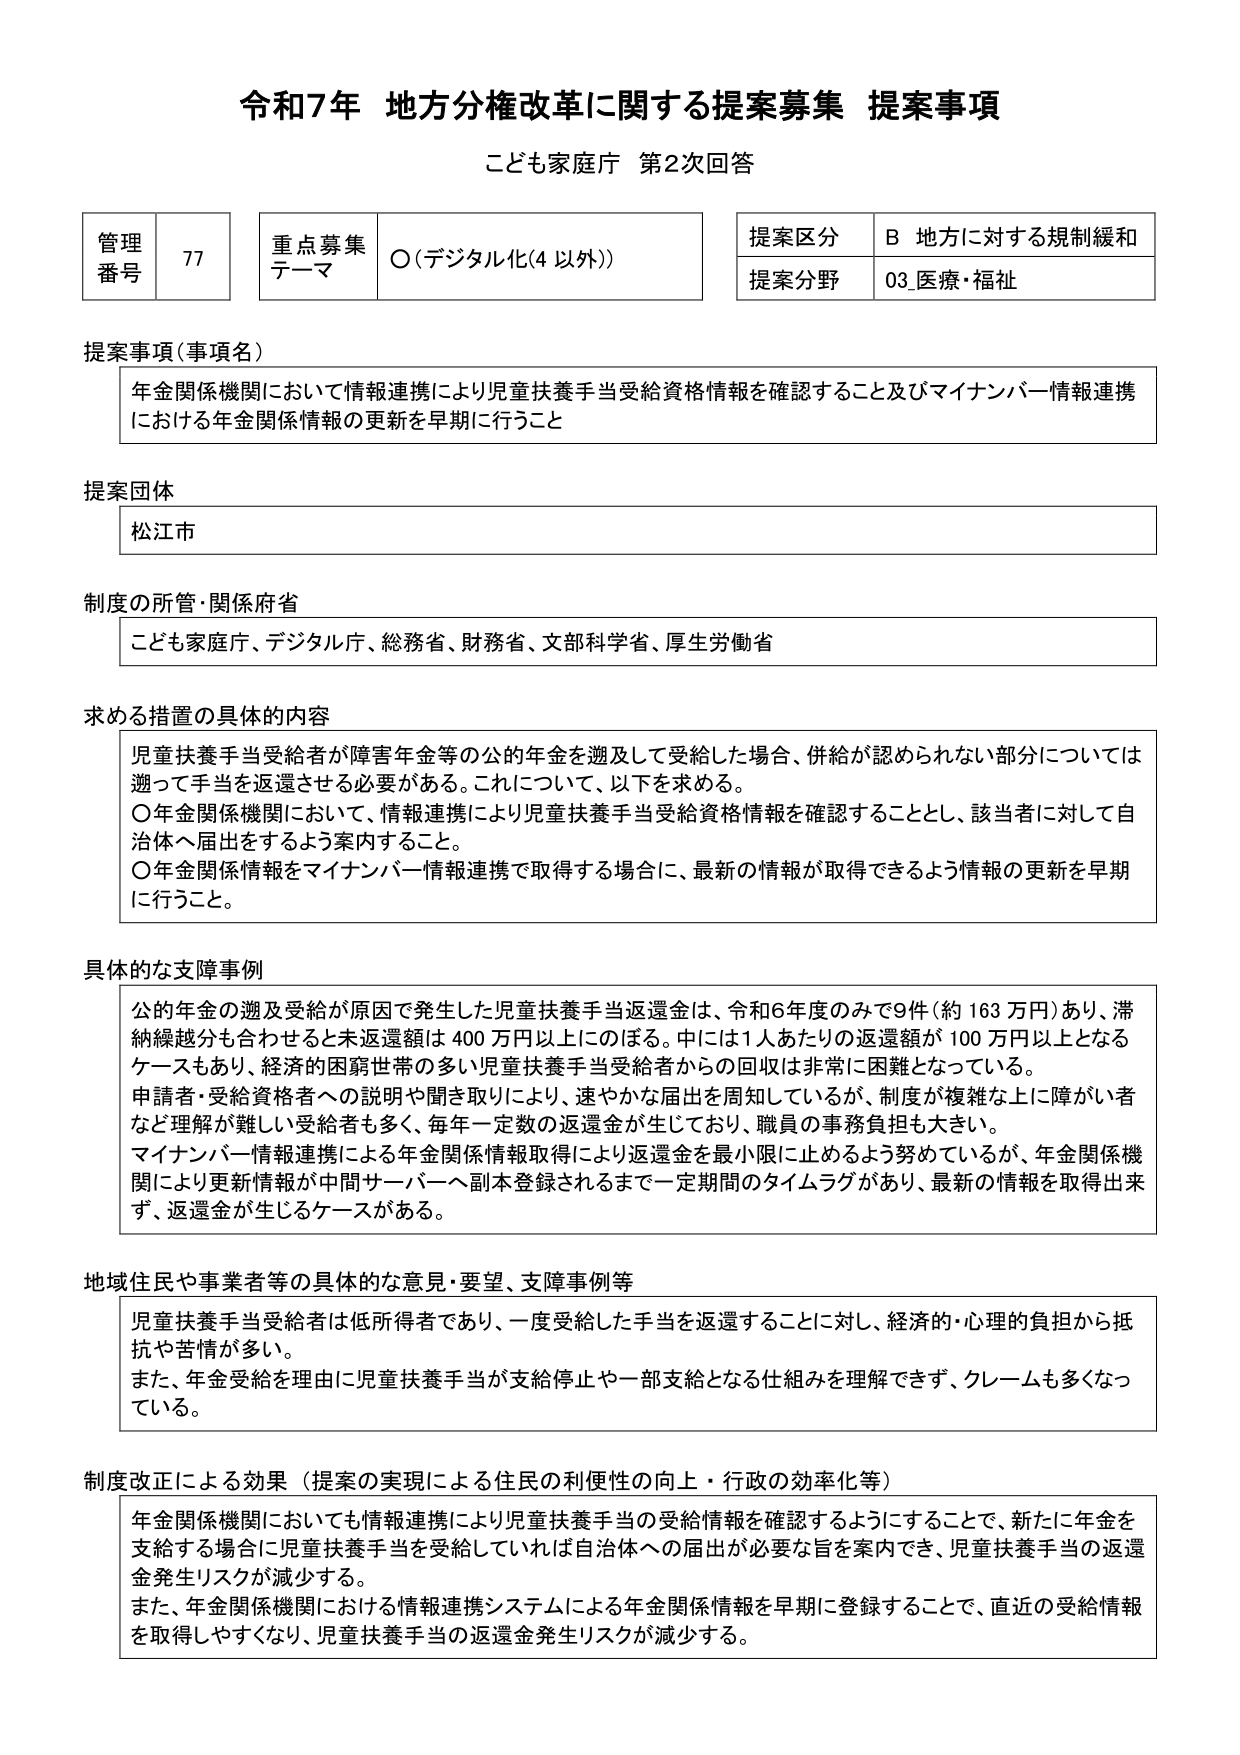
令和7年 地方分権改革に関する提案募集 提案事項
こども家庭庁 第2次回答

管理番号 77
重点募集テーマ ○（デジタル化（4 以外））
提案区分 B 地方に対する規制緩和
提案分野 03_医療・福祉

提案事項（事項名）
年金関係機関において情報連携により児童扶養手当受給資格情報を確認すること及びマイナンバー情報連携における年金関係情報の更新を早期に行うこと

提案団体
松江市

制度の所管・関係府省
こども家庭庁、デジタル庁、総務省、財務省、文部科学省、厚生労働省

求める措置の具体的内容
児童扶養手当受給者が障害年金等の公的年金を遡及して受給した場合、併給が認められない部分については遡って手当を返還させる必要がある。これについて、以下を求める。
○年金関係機関において、情報連携により児童扶養手当受給資格情報を確認することとし、該当者に対して自治体へ届出をするよう案内すること。
○年金関係情報をマイナンバー情報連携で取得する場合に、最新の情報が取得できるよう情報の更新を早期に行うこと。

具体的な支障事例
公的年金の遡及受給が原因で発生した児童扶養手当返還金は、令和6年度のみで9件（約163万円）あり、滞納繰越分も合わせると未返還額は400万円以上にのぼる。中には1人あたりの返還額が100万円以上となるケースもあり、経済的困窮世帯の多い児童扶養手当受給者からの回収は非常に困難となっている。
申請者・受給資格者への説明や聞き取りにより、速やかな届出を周知しているが、制度が複雑な上に障がい者など理解が難しい受給者も多く、毎年一定数の返還金が生じており、職員の事務負担も大きい。
マイナンバー情報連携による年金関係情報取得により返還金を最小限に止めるよう努力しているが、年金関係機関により更新情報が中間サーバーへ副本登録されるまで一定期間のタイムラグがあり、最新の情報を取得出来ず、返還金が生じるケースがある。

地域住民や事業者等の具体的な意見・要望、支障事例等
児童扶養手当受給者は低所得者であり、一度受給した手当を返還することに対し、経済的・心理的負担から抵抗や苦情が多い。
また、年金受給を理由に児童扶養手当が支給停止や一部支給となる仕組みを理解できず、クレームも多くなっている。

制度改正による効果（提案の実現による住民の利便性の向上・行政の効率化等）
年金関係機関においても情報連携により児童扶養手当の受給情報を確認するようにすることで、新たに年金を支給する場合に児童扶養手当を受給していれば自治体への届出が必要な旨を案内でき、児童扶養手当の返還金発生リスクが減少する。
また、年金関係機関における情報連携システムによる年金関係情報を早期に登録することで、直近の受給情報を取得しやすくなり、児童扶養手当の返還金発生リスクが減少する。